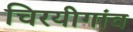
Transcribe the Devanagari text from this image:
चिरयीगांव